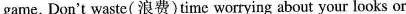
game. Don't waste( 浪费)time worrying about your looks or